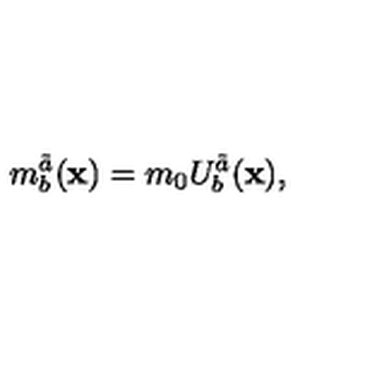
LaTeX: m _ { b } ^ { \tilde { a } } ( { \bf x } ) = m _ { 0 } U _ { b } ^ { \tilde { a } } ( { \bf x } ) ,